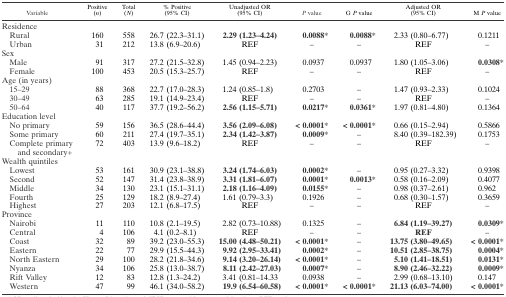
<table><thead><tr><td><b>Variable</b></td><td><b>Positive (<i>n</i>)</b></td><td><b>Total (<i>N</i>)</b></td><td><b>% Positive (95% CI)</b></td><td><b>Unadjusted OR (95% CI)</b></td><td><b><i>P</i> value</b></td><td><b>G <i>P</i> value</b></td><td><b>Adjusted OR (95% CI)</b></td><td><b>M <i>P</i> value</b></td></tr></thead><tbody><tr><td colspan="9">Residence</td></tr><tr><td> Rural</td><td>160</td><td>558</td><td>26.7 (22.3–31.1)</td><td><b>2.29 (1.23–4.24)</b></td><td><b>0.0088</b><b>*</b></td><td><b>0.0088</b><b>*</b></td><td>2.33 (0.80–6.77)</td><td>0.1211</td></tr><tr><td> Urban</td><td>31</td><td>212</td><td>13.8 (6.9–20.6)</td><td>REF</td><td>–</td><td>–</td><td>REF</td><td>–</td></tr><tr><td colspan="9">Sex</td></tr><tr><td> Male</td><td>91</td><td>317</td><td>27.2 (21.5–32.8)</td><td>1.45 (0.94–2.23)</td><td>0.0937</td><td>0.0937</td><td>1.80 (1.05–3.06)</td><td><b>0.0308</b><b>*</b></td></tr><tr><td> Female</td><td>100</td><td>453</td><td>20.5 (15.3–25.7)</td><td>REF</td><td>–</td><td>–</td><td>REF</td><td>–</td></tr><tr><td colspan="9">Age (in years)</td></tr><tr><td> 15–29</td><td>88</td><td>368</td><td>22.7 (17.0–28.3)</td><td>1.24 (0.85–1.8)</td><td>0.2703</td><td>–</td><td>1.47 (0.93–2.33)</td><td>0.1024</td></tr><tr><td> 30–49</td><td>63</td><td>285</td><td>19.1 (14.9–23.4)</td><td>REF</td><td>–</td><td>–</td><td>REF</td><td>–</td></tr><tr><td> 50–64</td><td>40</td><td>117</td><td>37.7 (19.2–56.2)</td><td><b>2.56 (1.15–5.71)</b></td><td><b>0.0217</b><b>*</b></td><td><b>0.0361</b><b>*</b></td><td>1.97 (0.81–4.80)</td><td>0.1364</td></tr><tr><td colspan="9">Education level</td></tr><tr><td> No primary</td><td>59</td><td>156</td><td>36.5 (28.6–44.4)</td><td><b>3.56 (2.09–6.08)</b></td><td><b>&lt; 0.0001</b><b>*</b></td><td><b>&lt; 0.0001</b><b>*</b></td><td>0.66 (0.15–2.94)</td><td>0.5866</td></tr><tr><td> Some primary</td><td>60</td><td>211</td><td>27.4 (19.7–35.1)</td><td><b>2.34 (1.42–3.87)</b></td><td><b>0.0009</b><b>*</b></td><td>–</td><td>8.40 (0.39–182.39)</td><td>0.1753</td></tr><tr><td> Complete primary and secondary+</td><td>72</td><td>403</td><td>13.9 (9.6–18.2)</td><td>REF</td><td>–</td><td>–</td><td>REF</td><td>–</td></tr><tr><td colspan="9">Wealth quintiles</td></tr><tr><td> Lowest</td><td>53</td><td>161</td><td>30.9 (23.1–38.8)</td><td><b>3.24 (1.74–6.03)</b></td><td><b>0.0002</b><b>*</b></td><td>–</td><td>0.95 (0.27–3.32)</td><td>0.9398</td></tr><tr><td> Second</td><td>52</td><td>147</td><td>31.4 (23.8–38.9)</td><td><b>3.31 (1.81–6.07)</b></td><td><b>0.0001</b><b>*</b></td><td><b>0.0013</b><b>*</b></td><td>0.58 (0.16–2.09)</td><td>0.4077</td></tr><tr><td> Middle</td><td>34</td><td>130</td><td>23.1 (15.1–31.1)</td><td><b>2.18 (1.16–4.09)</b></td><td><b>0.0155</b><b>*</b></td><td>–</td><td>0.98 (0.37–2.61)</td><td>0.962</td></tr><tr><td> Fourth</td><td>25</td><td>129</td><td>18.2 (8.9–27.4)</td><td>1.61 (0.79–3.3)</td><td>0.1926</td><td>–</td><td>0.68 (0.30–1.57)</td><td>0.3659</td></tr><tr><td> Highest</td><td>27</td><td>203</td><td>12.1 (6.8–17.5)</td><td>REF</td><td>–</td><td>–</td><td>REF</td><td>–</td></tr><tr><td colspan="9">Province</td></tr><tr><td> Nairobi</td><td>11</td><td>110</td><td>10.8 (2.1–19.5)</td><td>2.82 (0.73–10.88)</td><td>0.1325</td><td>–</td><td><b>6.84 (1.19–39.27)</b></td><td><b>0.0309</b><b>*</b></td></tr><tr><td> Central</td><td>4</td><td>106</td><td>4.1 (0.2–8.1)</td><td>REF</td><td>–</td><td>–</td><td><b>REF</b></td><td>–</td></tr><tr><td> Coast</td><td>32</td><td>89</td><td>39.2 (23.0–55.3)</td><td><b>15.00 (4.48–50.21)</b></td><td><b>&lt; 0.0001</b><b>*</b></td><td>–</td><td><b>13.75 (3.80–49.65)</b></td><td><b>&lt; 0.0001</b><b>*</b></td></tr><tr><td> Eastern</td><td>22</td><td>77</td><td>29.9 (15.5–44.3)</td><td><b>9.92 (2.95–33.41)</b></td><td><b>0.0002</b><b>*</b></td><td>–</td><td><b>10.51 (2.85–38.75)</b></td><td><b>0.0004</b><b>*</b></td></tr><tr><td> North Eastern</td><td>29</td><td>100</td><td>28.2 (21.8–34.6)</td><td><b>9.14 (3.20–26.14)</b></td><td><b>&lt; 0.0001</b><b>*</b></td><td>–</td><td><b>5.10 (1.41–18.51)</b></td><td><b>0.0131</b><b>*</b></td></tr><tr><td> Nyanza</td><td>34</td><td>106</td><td>25.8 (13.0–38.7)</td><td><b>8.11 (2.42–27.03)</b></td><td><b>0.0007</b><b>*</b></td><td>–</td><td><b>8.90 (2.46–32.22)</b></td><td><b>0.0009</b><b>*</b></td></tr><tr><td> Rift Valley</td><td>12</td><td>83</td><td>12.8 (1.3–24.2)</td><td>3.41 (0.81–14.33</td><td>0.0938</td><td>–</td><td>2.99 (0.68–13.10)</td><td>0.147</td></tr><tr><td> Western</td><td>47</td><td>99</td><td>46.1 (34.0–58.2)</td><td><b>19.9 (6.54–60.58)</b></td><td><b>&lt; 0.0001</b><b>*</b></td><td><b>&lt; 0.0001</b><b>*</b></td><td><b>21.13 (6.03–74.00)</b></td><td><b>&lt; 0.0001</b><b>*</b></td></tr></tbody></table>